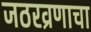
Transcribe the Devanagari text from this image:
जठरव्रणाचा